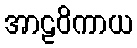
အာဠဝိကာယ